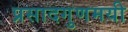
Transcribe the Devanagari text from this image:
प्रसादगुणमयी